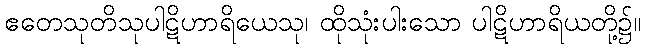
ဧတေသုတိသုပါဋိဟာရိယေသု၊ ထိုသုံးပါးသော ပါဋိဟာရိယတို့၌။